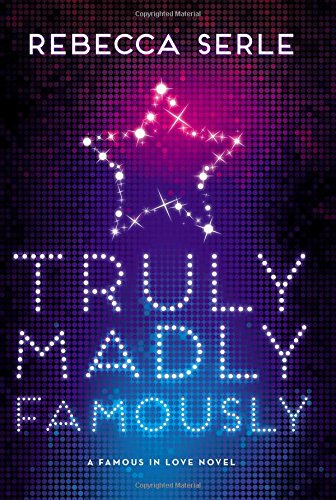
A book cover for Truly Madly Famously (Famous in Love); Rebecca Serle; Teen & Young Adult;